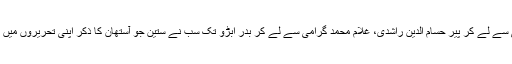
رچرڈ ایف برٹن سے لے کر مرزا قلیچ بیگ، پھر رحیم داد مولائی شیدائی سے لے کر پیر حسام الدین راشدی، غلام محمد گرامی سے لے کر بدر ابڑو تک سب نے ستین جو آستھان کا ذکر اپنی تحریروں میں کیا ہے لیکن اس سے وابستہ فرضی قصے کہانیوں کا کوئی سر پیر نہیں۔